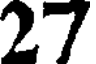
27